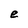
Character: e